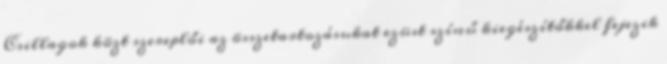
Csillagok közt szereplői az összetartozásukat ezüst színű kiegészítőkkel fejezik